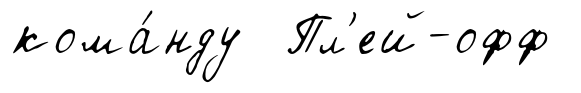
кома́нду Пл'ей-офф